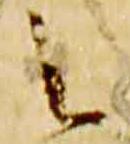
之